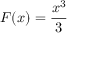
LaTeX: F ( x ) = { \frac { x ^ { 3 } } { 3 } }